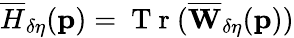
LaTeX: \overline{{H}}_{\delta\eta}(\mathbf{p})=\mathrm{~T~r~}(\overline{{\mathbf{W}}}_{\delta\eta}(\mathbf{p}))